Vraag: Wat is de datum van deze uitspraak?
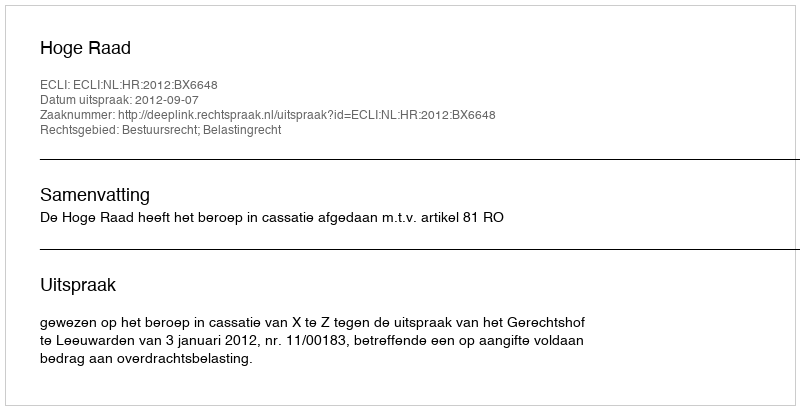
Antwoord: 2012-09-07